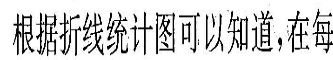
根据折线统计图可以知道，在每